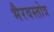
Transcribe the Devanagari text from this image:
भैरवस्तोत्र